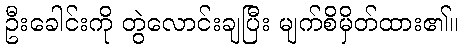
ဦးခေါင်းကို တွဲလောင်းချပြီး မျက်စိမှိတ်ထား၏။